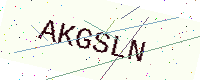
Text: AKGSLN